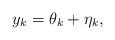
LaTeX: \begin{align*}y_k=\theta_k + \eta_k,\end{align*}